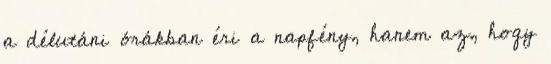
a délutáni órákban éri a napfény, hanem az, hogy